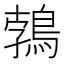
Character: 鵓